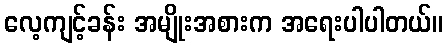
လေ့ကျင့်ခန်း အမျိုးအစားက အရေးပါပါတယ်။